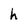
Character: h